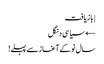
| بازیافت
← سیاسی دنگل
سال نو کے آغاز سے پہلے!